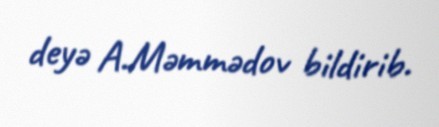
deyə A.Məmmədov bildirib.